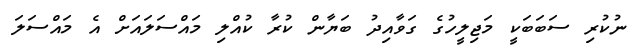
ނުކުރި ސަބަބަކީ މަޖިލީހުގެ ގަވާއިދު ބަޔާން ކުރާ ކުއްލި މައްސަލައަށް އެ މައްސަލަ